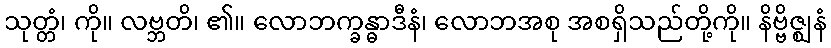
သုတ္တံ၊ ကို။ လဗ္ဘတိ၊ ၏။ လောဘက္ခန္ဓာဒီနံ၊ လောဘအစု အစရှိသည်တို့ကို။ နိဗ္ဗိဇ္ဈနံ